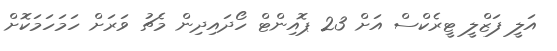
އަލީ ފަޒްލީ ޓީރެކްސް އަށް 23 ޕޮއިންޓް ހޯދައިދިން މެޗު ވަރަށް ހަމަހަމަކޮށް